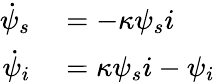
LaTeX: \begin{array}{rl}{\dot{\psi}_{s}}&{{}=-\kappa\psi_{s}i}\\ {\dot{\psi}_{i}}&{{}=\kappa\psi_{s}i-\psi_{i}}\end{array}